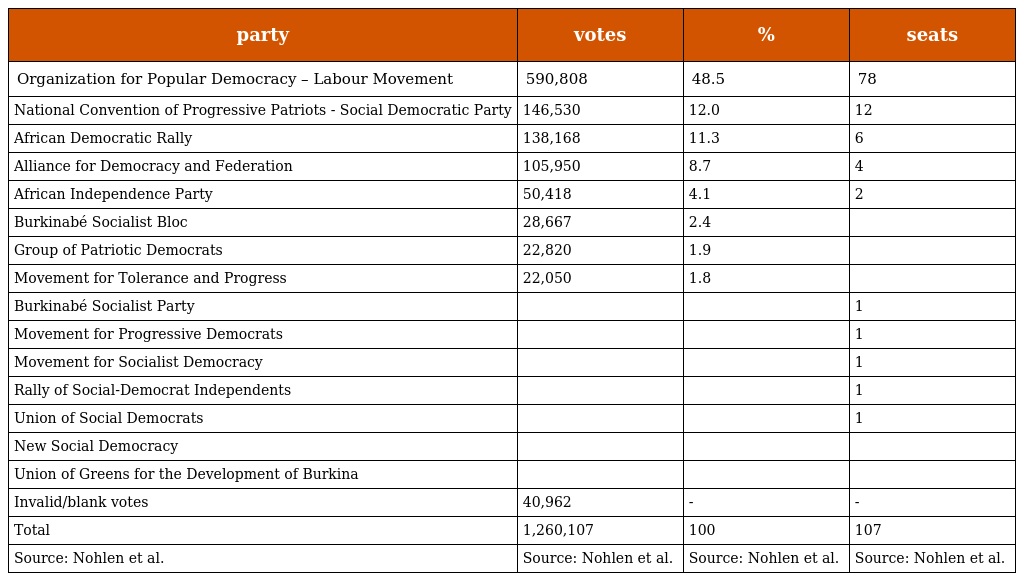
| party | votes | % | seats |
 | --- | --- | --- | --- |
 | Organization for Popular Democracy – Labour Movement | 590,808 | 48.5 | 78 |
 | National Convention of Progressive Patriots - Social Democratic Party | 146,530 | 12.0 | 12 |
 | African Democratic Rally | 138,168 | 11.3 | 6 |
 | Alliance for Democracy and Federation | 105,950 | 8.7 | 4 |
 | African Independence Party | 50,418 | 4.1 | 2 |
 | Burkinabé Socialist Bloc | 28,667 | 2.4 |  |
 | Group of Patriotic Democrats | 22,820 | 1.9 |  |
 | Movement for Tolerance and Progress | 22,050 | 1.8 |  |
 | Burkinabé Socialist Party |  |  | 1 |
 | Movement for Progressive Democrats |  |  | 1 |
 | Movement for Socialist Democracy |  |  | 1 |
 | Rally of Social-Democrat Independents |  |  | 1 |
 | Union of Social Democrats |  |  | 1 |
 | New Social Democracy |  |  |  |
 | Union of Greens for the Development of Burkina |  |  |  |
 | Invalid/blank votes | 40,962 | - | - |
 | Total | 1,260,107 | 100 | 107 |
 | Source: Nohlen et al. | Source: Nohlen et al. | Source: Nohlen et al. | Source: Nohlen et al. |